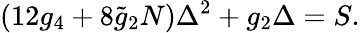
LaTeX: (12g_{4}+8\widetilde{g}_{2}N)\Delta^{2}+g_{2}\Delta=S.